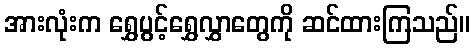
အားလုံးက ရွှေပွင့်ရွှေလွှာတွေကို ဆင်ထားကြသည်။